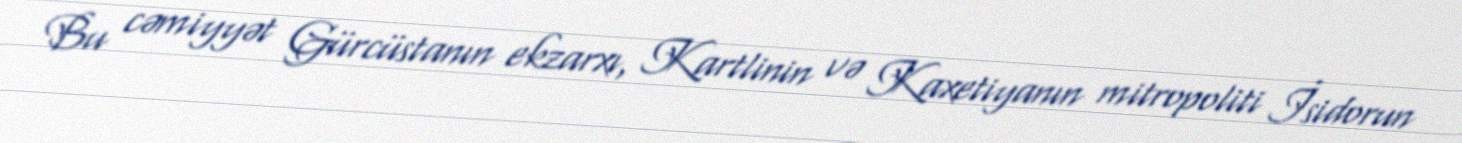
Bu cəmiyyət Gürcüstanın ekzarxı, Kartlinin və Kaxetiyanın mitropoliti İsidorun